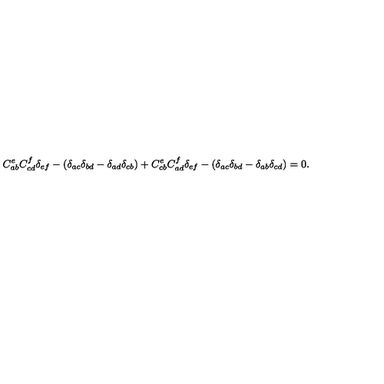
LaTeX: C _ { a b } ^ { e } C _ { c d } ^ { f } \delta _ { e f } - ( \delta _ { a c } \delta _ { b d } - \delta _ { a d } \delta _ { c b } ) + C _ { c b } ^ { e } C _ { a d } ^ { f } \delta _ { e f } - ( \delta _ { a c } \delta _ { b d } - \delta _ { a b } \delta _ { c d } ) = 0 .